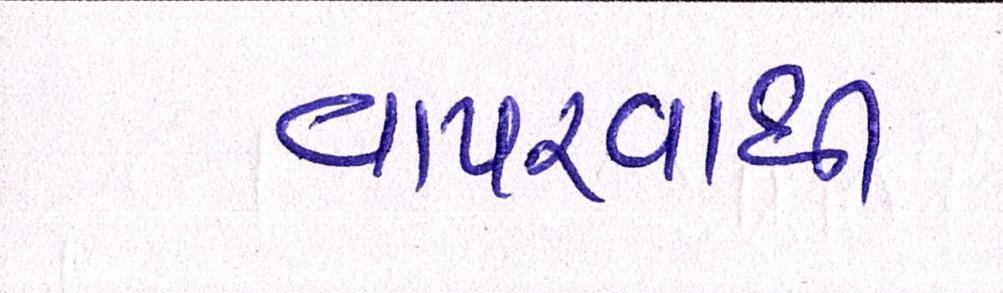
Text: વાપરવાથી